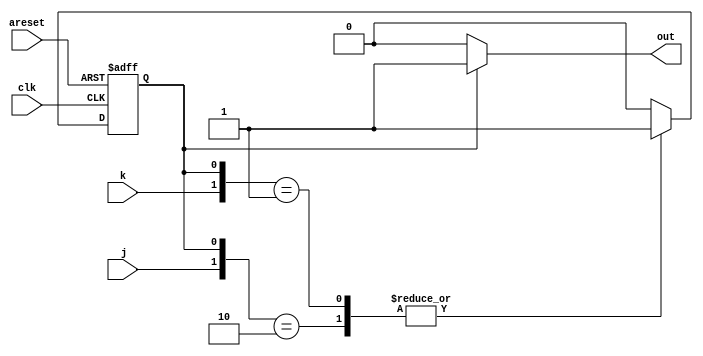
/*

Copyright 2022 Marc Ketel
SPDX-License-Identifier: Apache-2.0

*/

`default_nettype none

module top_module (
    input  wire clk,
    input  wire areset,
    input  wire j,
    input  wire k,
    output reg  out
);

  parameter OFF = 1'b0, ON = 1'b1;
  reg state, next_state;

  //Determine next state.
  always @(*) begin
    casez ({
      j, k, state
    })
      {2'b1z, OFF} : next_state = ON;
      {2'bz0, ON} : next_state = ON;
      default: next_state = OFF;
    endcase
  end

  //State transition.
  always @(posedge clk, posedge areset) begin
    if (areset) state <= OFF;
    else if (clk) begin
      state <= next_state;
    end
  end

  //Determine output.
  always @(*) begin
    case (state)
      ON: out = 1'b1;
      default: out = 1'b0;
    endcase
  end

endmodule